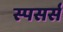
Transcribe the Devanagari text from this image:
स्पसर्स